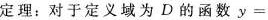
定理：对于定义域为D的函数y=